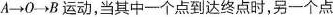
A \longrightarrow 0 \longrightarrow B运动，当其中一个点到达终点时，另一个点